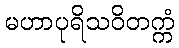
မဟာပုရိသဝိတက္ကံ